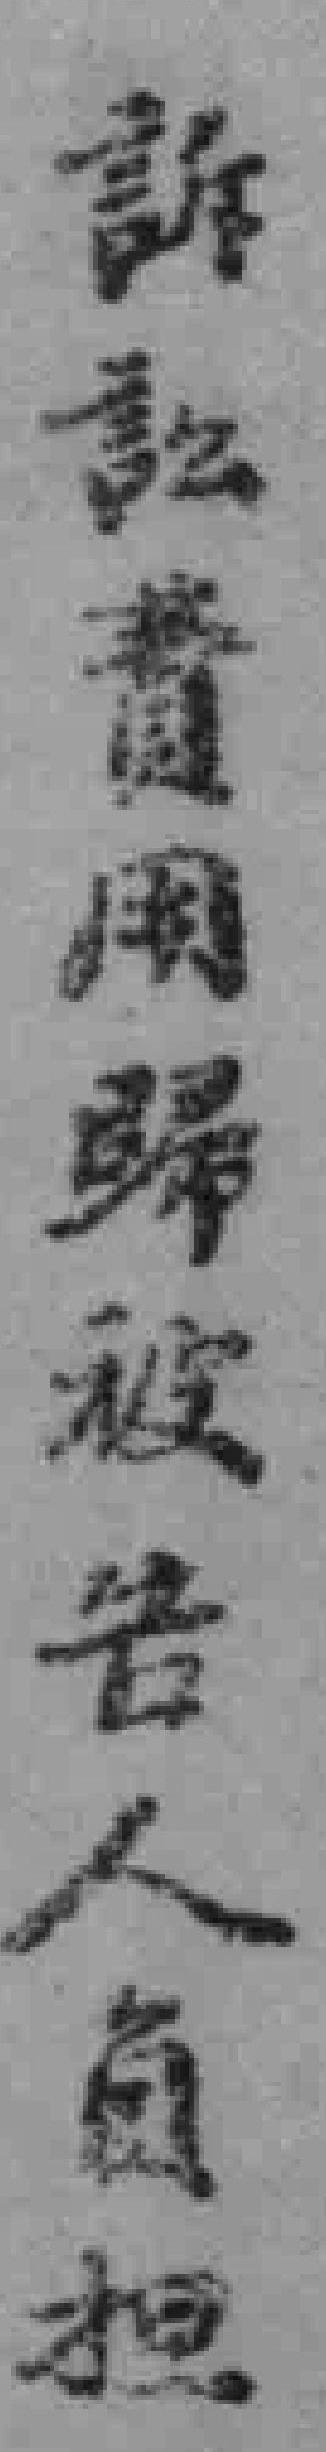
訴訟費用歸被告人負担